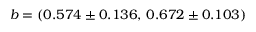
b = ( 0 . 5 7 4 \pm 0 . 1 3 6 , \, 0 . 6 7 2 \pm 0 . 1 0 3 )